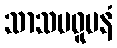
သာသပဓူပနံ